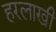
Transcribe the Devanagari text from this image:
हरलाखी